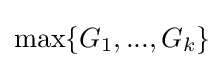
\max\{G_{1},...,G_{k}\}